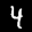
Label: 4